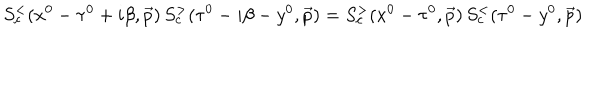
S _ { c } ^ { < } ( x ^ { 0 } - \tau ^ { 0 } + i \beta , \vec { p } ) \, S _ { c } ^ { > } ( \tau ^ { 0 } - i \beta - y ^ { 0 } , \vec { p } ) = S _ { c } ^ { > } ( x ^ { 0 } - \tau ^ { 0 } , \vec { p } ) \, S _ { c } ^ { < } ( \tau ^ { 0 } - y ^ { 0 } , \vec { p } )